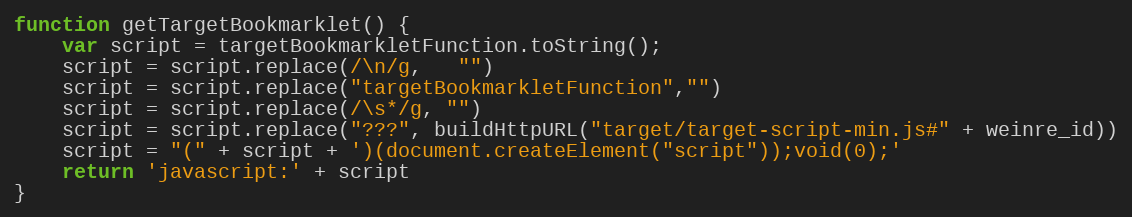
Language: JavaScript
function getTargetBookmarklet() {
    var script = targetBookmarkletFunction.toString();
    script = script.replace(/\n/g,   "")
    script = script.replace("targetBookmarkletFunction","")
    script = script.replace(/\s*/g, "")
    script = script.replace("???", buildHttpURL("target/target-script-min.js#" + weinre_id))
    script = "(" + script + ')(document.createElement("script"));void(0);'
    return 'javascript:' + script
}